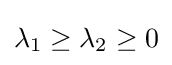
\lambda _{1}\geq \lambda _{2}\geq 0